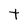
Character: t